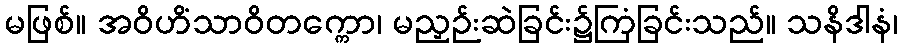
မဖြစ်။ အဝိဟိံသာဝိတက္ကော၊ မညှဉ်းဆဲခြင်း၌ကြံခြင်းသည်။ သနိဒါနံ၊